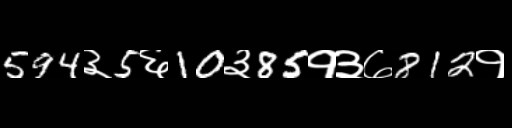
Text: 594३5६10३85१३७812१